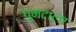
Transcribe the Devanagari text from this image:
घुमटाला